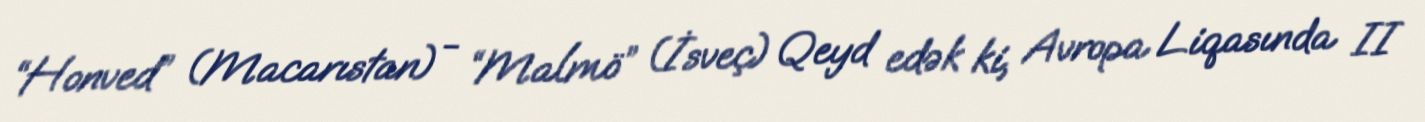
“Honved” (Macarıstan) - “Malmö” (İsveç) Qeyd edək ki, Avropa Liqasında II